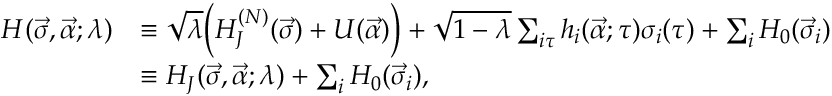
\begin{array} { r l } { H ( \vec { \sigma } , \vec { \alpha } ; \lambda ) } & { \equiv \sqrt { \lambda } \bigg ( H _ { J } ^ { ( N ) } ( \vec { \sigma } ) + U ( \vec { \alpha } ) \bigg ) + \sqrt { 1 - \lambda } \sum _ { i \tau } h _ { i } ( \vec { \alpha } ; \tau ) \sigma _ { i } ( \tau ) + \sum _ { i } H _ { 0 } ( \vec { \sigma } _ { i } ) } \\ & { \equiv H _ { J } ( \vec { \sigma } , \vec { \alpha } ; \lambda ) + \sum _ { i } H _ { 0 } ( \vec { \sigma } _ { i } ) , } \end{array}